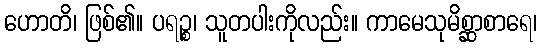
ဟောတိ၊ ဖြစ်၏။ ပရဉ္စ၊ သူတပါးကိုလည်း။ ကာမေသုမိစ္ဆာစာရေ၊